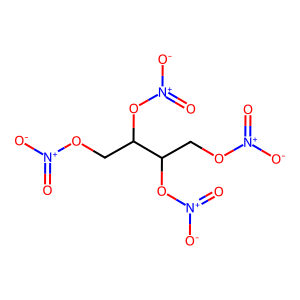
SMILES: O=[N+]([O-])OCC(O[N+](=O)[O-])C(CO[N+](=O)[O-])O[N+](=O)[O-]
Inhibits HIV replication: No